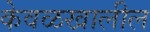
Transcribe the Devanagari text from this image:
केवळखालील